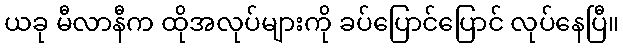
ယခု မီလာနီက ထိုအလုပ်များကို ခပ်ပြောင်ပြောင် လုပ်နေပြီ။